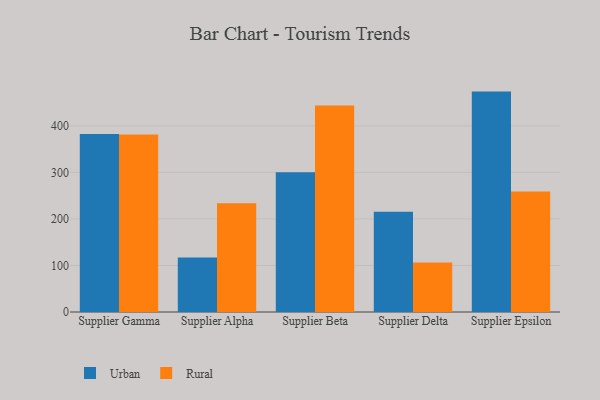
{"axis": {"x": "Supplier", "y": "Population (Million)"}, "legend": ["Rural", "Urban"], "data": [{"x": "Supplier Gamma", "y": 382.8, "type": "Urban"}, {"x": "Supplier Gamma", "y": 381.5, "type": "Rural"}, {"x": "Supplier Alpha", "y": 117.4, "type": "Urban"}, {"x": "Supplier Alpha", "y": 233.5, "type": "Rural"}, {"x": "Supplier Beta", "y": 300.4, "type": "Urban"}, {"x": "Supplier Beta", "y": 443.6, "type": "Rural"}, {"x": "Supplier Delta", "y": 215.7, "type": "Urban"}, {"x": "Supplier Delta", "y": 106.4, "type": "Rural"}, {"x": "Supplier Epsilon", "y": 473.7, "type": "Urban"}, {"x": "Supplier Epsilon", "y": 258.9, "type": "Rural"}]}